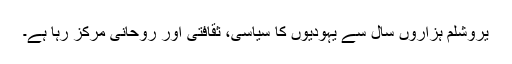
یروشلم ہزاروں سال سے یہودیوں کا سیاسی، ثقافتی اور روحانی مرکز رہا ہے۔